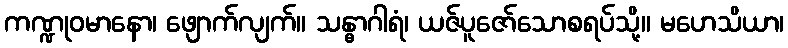
ကဏ္ဍုဝမာနော၊ ဖျောက်လျက်။ သန္ဓာဂါရံ၊ ယဇ်ပူဇော်သောစရပ်သို့။ မဟေသိယာ၊